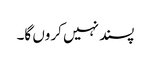
پسند نہیں کروں گا۔